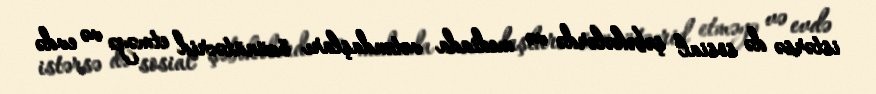
istərsə də sosial şəbəkələrdə və mediada vətəndaşları özünütəcrid etməyə və evdə